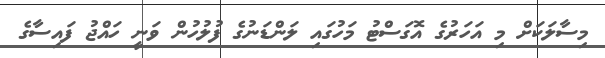
މިސާލަކަށް މި އަހަރުގެ އޮގަސްޓު މަހުގައި ލަންޑަނުގެ ފުލުހުން ވަނީ ހައްޖު ފައިސާގެ